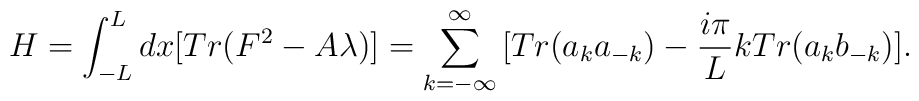
H=\int_{-L}^L dx \big[Tr (F^2 - A\lambda)\big]=\sum_{k=-\infty}^{\infty}\big[Tr(a_k a_{-k})- {i\pi \over L}k Tr(a_kb_{-k})\big].